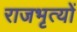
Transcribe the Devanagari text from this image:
राजभृत्यों